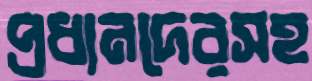
প্রধানদেরসহ